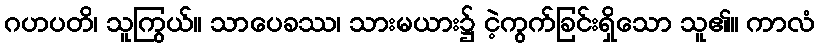
ဂဟပတိ၊ သူကြွယ်။ သာပေခဿ၊ သားမယား၌ ငဲ့ကွက်ခြင်းရှိသော သူ၏။ ကာလံ